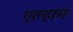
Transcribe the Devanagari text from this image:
एल्हाम